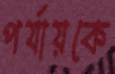
পর্যায়কে